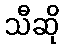
သီဆို